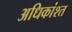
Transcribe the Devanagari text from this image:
अधिकांश्त